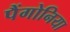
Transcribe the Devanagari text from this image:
पैंगोनिया